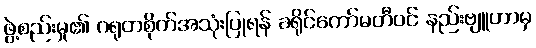
ဖွဲ့စည်းမှု၏ ဂရုတစိုက်အသုံးပြုရန် ခရိုင်ကော်မတီဝင် နည်းဗျူဟာမှ